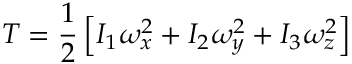
T = { \frac { 1 } { 2 } } \left[ I _ { 1 } \omega _ { x } ^ { 2 } + I _ { 2 } \omega _ { y } ^ { 2 } + I _ { 3 } \omega _ { z } ^ { 2 } \right]